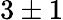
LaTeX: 3\pm 1